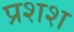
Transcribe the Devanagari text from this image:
प्रशश